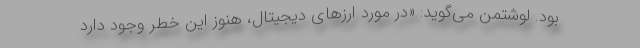
بود. لوشتمن می‌گوید: «در مورد ارزهای دیجیتال، هنوز این خطر وجود دارد